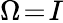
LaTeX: \Omega\! =\! I